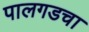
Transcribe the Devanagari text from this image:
पालगडचा